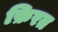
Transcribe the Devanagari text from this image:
फ़िरत